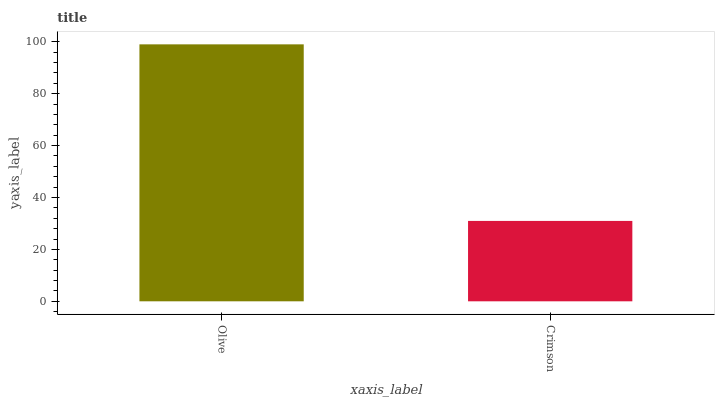
| xaxis_label | bars |
 | --- | --- |
 | Olive | 99 |
 | Crimson | 31 |